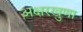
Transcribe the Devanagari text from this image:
अक्षरखुणा